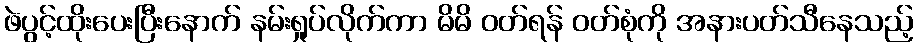
ဖဲပွင့်ထိုးပေးပြီးနောက် နမ်းရှုပ်လိုက်ကာ မိမိ ဝတ်ရန် ဝတ်စုံကို အနားပတ်သီနေသည့်